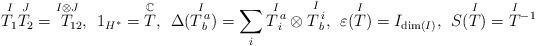
LaTeX: \begin{align*}\overset{I}{T_1}\overset{J}{T_2} = \overset{I \otimes J}{T}\!\!\!_{12}, \:\: 1_{H^*} = \overset{\mathbb{C}}{T}, \:\: \Delta(\overset{I}{T^{\, a}_{\, b}}) = \sum_i\overset{I}{T^{\, a}_{\, i}} \otimes \overset{I}{T^{\, i}_{\, b}}, \:\: \varepsilon(\overset{I}{T}) = I_{\dim(I)}, \:\: S(\overset{I}{T}) = \overset{I}{T}{^{-1}}\end{align*}